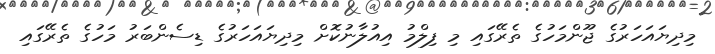
މިދިޔައަހަރުގެ ޖޫންމަހުގެ ތެރޭގައި މި ފިލްމު އިއުލާނުކޮށް މިދިޔައަހަރުގެ ޑިސެންބަރު މަހުގެ ތެރޭގައި